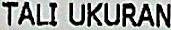
TALI UKURAN